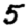
Digit: 5